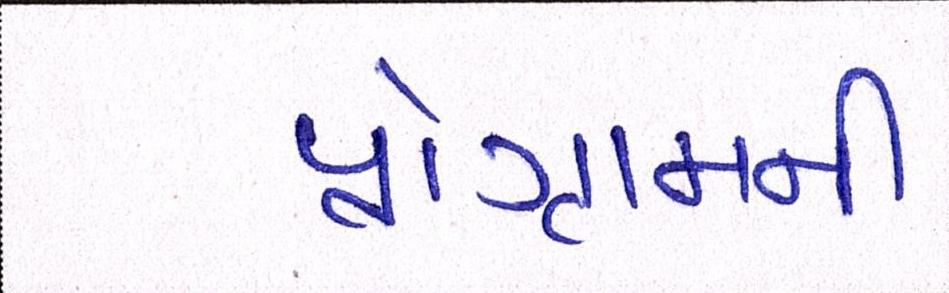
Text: પ્રોગ્રામની